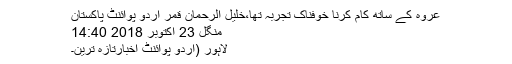
عروہ کے ساتھ کام کرنا خوفناک تجربہ تھا،خلیل الرحمان قمر اُردو پوائنٹ پاکستان
منگل 23 اکتوبر 2018 14:40
لاہور (اُردو پوائنٹ اخبارتازہ ترین۔